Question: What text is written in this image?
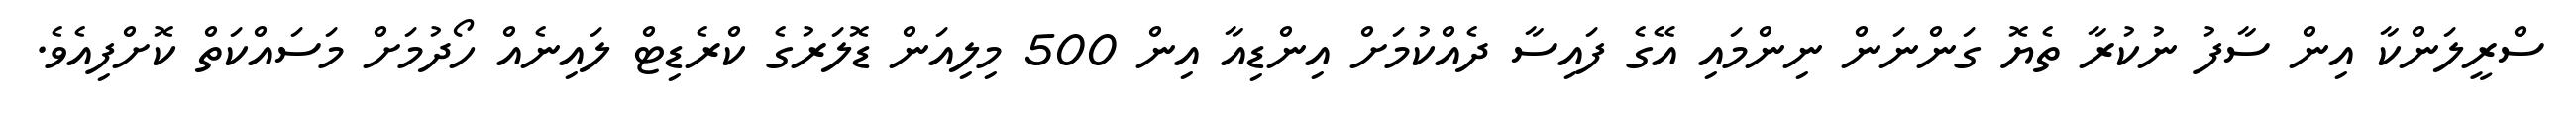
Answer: ސްރީލަންކާ އިން ސާފު ނުކުރާ ތެޔޮ ގަންނަން ނިންމައި އޭގެ ފައިސާ ދެއްކުމަށް އިންޑިއާ އިން 500 މިލިއަން ޑޮލަރުގެ ކްރެޑިޓް ލައިނެއް ހޯދުމަށް މަސައްކަތް ކޮށްފިއެވެ.